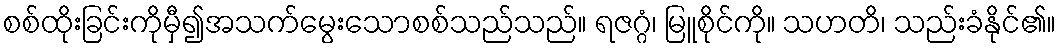
စစ်ထိုးခြင်းကိုမှီ၍အသက်မွေးသောစစ်သည်သည်။ ရဇဂ္ဂံ၊ မြူစိုင်ကို။ သဟတိ၊ သည်းခံနိုင်၏။